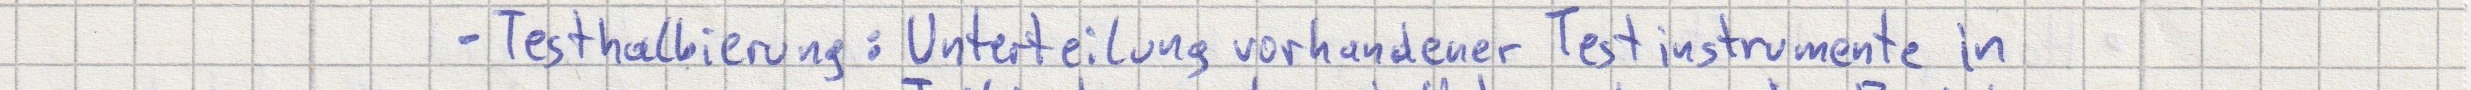
- Testhalbierung: Unterteilung vorhandener Testinstrumente in